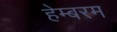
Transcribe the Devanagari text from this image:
हेम्बरम